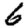
Digit: 6